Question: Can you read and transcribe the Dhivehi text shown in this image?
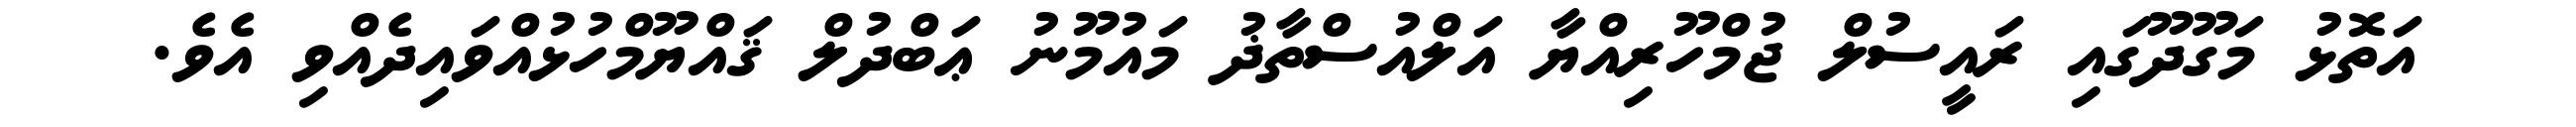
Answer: އަތޮޅު މަގޫދޫގައި ރައީސުލް ޖުމްހޫރިއްޔާ އަލްއުސްތާޛު މައުމޫނު ޢަބްދުލް ޤައްޔޫމްހުޅުއްވައިދެއްވި އެވެ.